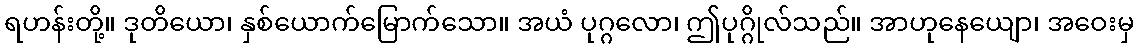
ရဟန်းတို့။ ဒုတိယော၊ နှစ်ယောက်မြောက်သော။ အယံ ပုဂ္ဂလော၊ ဤပုဂ္ဂိုလ်သည်။ အာဟုနေယျော၊ အဝေးမှ